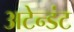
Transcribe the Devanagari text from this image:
अटेन्डंट